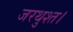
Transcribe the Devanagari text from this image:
जरथुश्त।